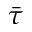
\bar { \tau }